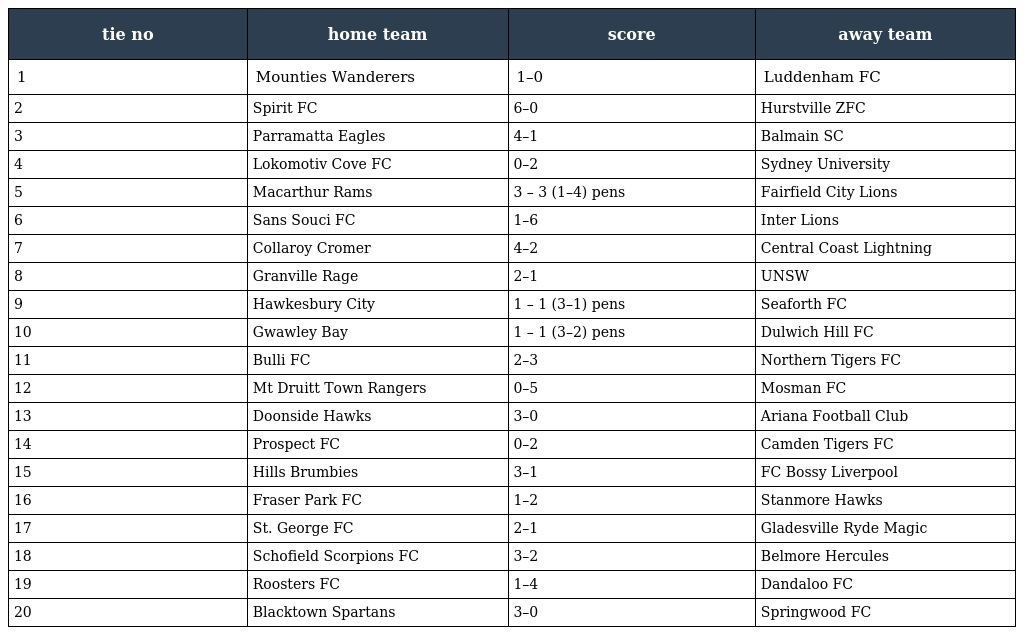
| tie no | home team | score | away team |
 | --- | --- | --- | --- |
 | 1 | Mounties Wanderers | 1–0 | Luddenham FC |
 | 2 | Spirit FC | 6–0 | Hurstville ZFC |
 | 3 | Parramatta Eagles | 4–1 | Balmain SC |
 | 4 | Lokomotiv Cove FC | 0–2 | Sydney University |
 | 5 | Macarthur Rams | 3 – 3 (1–4) pens | Fairfield City Lions |
 | 6 | Sans Souci FC | 1–6 | Inter Lions |
 | 7 | Collaroy Cromer | 4–2 | Central Coast Lightning |
 | 8 | Granville Rage | 2–1 | UNSW |
 | 9 | Hawkesbury City | 1 – 1 (3–1) pens | Seaforth FC |
 | 10 | Gwawley Bay | 1 – 1 (3–2) pens | Dulwich Hill FC |
 | 11 | Bulli FC | 2–3 | Northern Tigers FC |
 | 12 | Mt Druitt Town Rangers | 0–5 | Mosman FC |
 | 13 | Doonside Hawks | 3–0 | Ariana Football Club |
 | 14 | Prospect FC | 0–2 | Camden Tigers FC |
 | 15 | Hills Brumbies | 3–1 | FC Bossy Liverpool |
 | 16 | Fraser Park FC | 1–2 | Stanmore Hawks |
 | 17 | St. George FC | 2–1 | Gladesville Ryde Magic |
 | 18 | Schofield Scorpions FC | 3–2 | Belmore Hercules |
 | 19 | Roosters FC | 1–4 | Dandaloo FC |
 | 20 | Blacktown Spartans | 3–0 | Springwood FC |